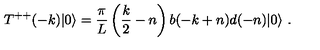
T ^ { + + } ( - k ) | 0 \rangle = { \frac { \pi } { L } } \left( { \frac { k } { 2 } } - n \right) b ( - k + n ) d ( - n ) | 0 \rangle \ .